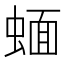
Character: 蝒